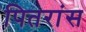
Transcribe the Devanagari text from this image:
पितरांस